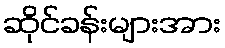
ဆိုင်ခန်းများအား